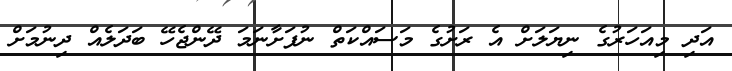
އަދި މިއަހަރުގެ ނިޔަލަށް އެ ރަށުގެ މަސައްކަތް ނުފަށާނަމަ ދޭންޖެހޭ ބަދަލެއް ދިނުމަށް